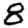
Digit: 8